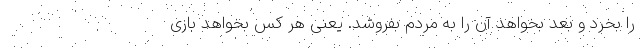
را بخرد و بعد بخواهد آن را به مردم بفروشد. یعنی هر کس بخواهد بازی